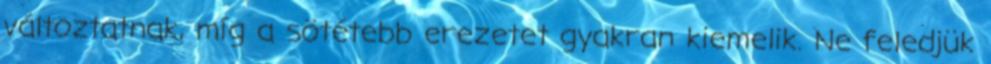
változtatnak, míg a sötétebb erezetet gyakran kiemelik. Ne feledjük